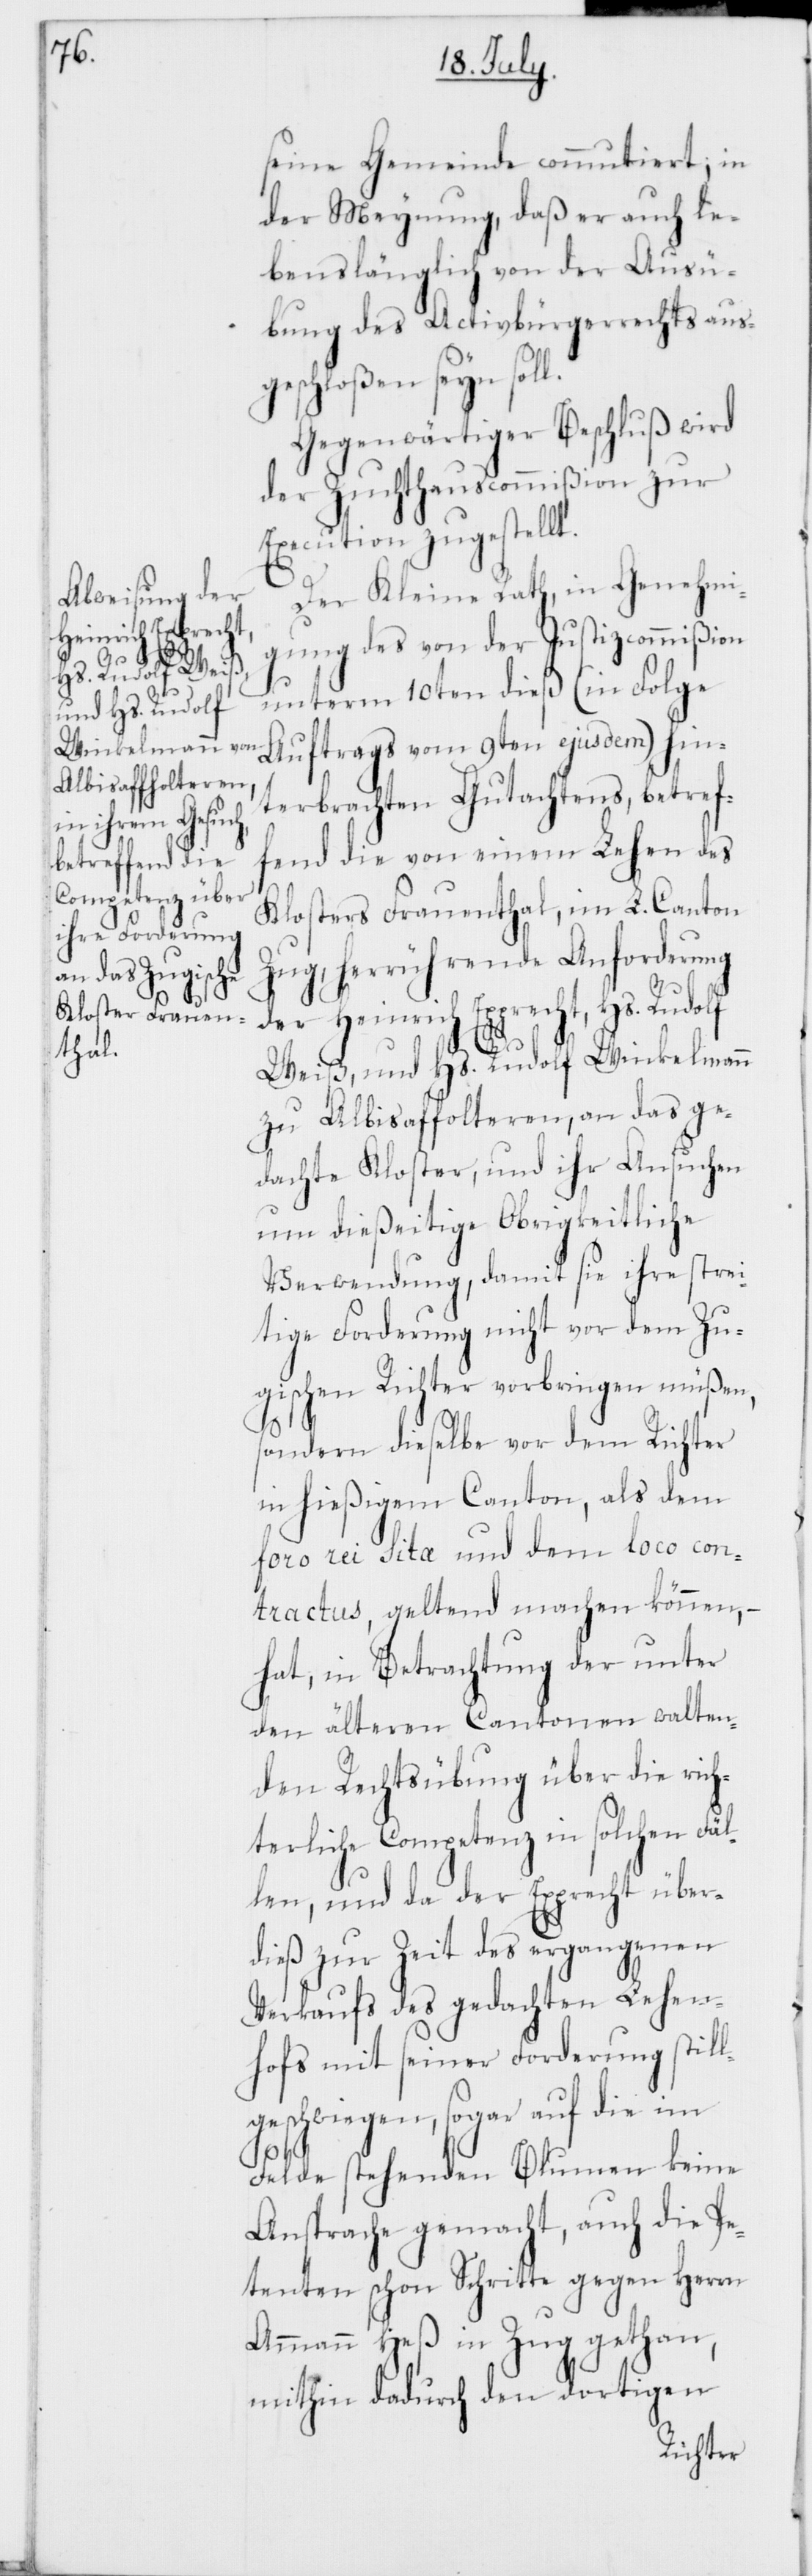
seine Gemeinde commutiert, in
der Meynung, daß er auch le¬
benslänglich von der Ausü¬
bung des Activbürgerrechts ausg¬
eschloßen seyn soll.
Gegenwärtiger Beschluß wird
der Zuchthauscommißion zur
Execution zugestellt.
Der Kleine Rath, in Genehmi¬
gung des von der Justizcommißion
unterm 10ten dieß (in Folge
Auftrags vom 9ten ejusdem) hin¬
terbrachten Gutachtens, betref¬
fend die von einem Lehen des
Klosters Frauenthal, im L. Canton
Zug, herrührende Anforderung
der Heinrich Epprecht, Hs. Rudolf
Weiß, und Hs. Rudolf Winkelmann
zu Albisaffolteren, an das ge¬
dachte Kloster, und ihr Ansuchen
um dießeitige Obrigkeitliche
Verwendung, damit sie ihre strei¬
tige Forderung nicht vor dem Zu¬
gischen Richter vorbringen müßen,
sondern dieselbe vor dem Richter
in hießigem Canton, als dem
foro rei Sita und dem loco con¬
tractus, geltend machen können, –
hat, in Betrachtung der unter
den älteren Cantonen walten¬
den Rechtsübung über die rich¬
terliche Competenz in solchen Fäl¬
len, und da der Epprecht über¬
dies zur Zeit des vergangenen
Verkaufs des gedachten Lehen¬
hofs mit seiner Forderung still¬
geschwiegen, sogar auf die im
Felde stehenden Blumen keine
Ansprache gemacht, auch die Pe¬
tenten schon Schritte gegen Herrn
Ammann Heß in Zug gethan,
mithin dadurch den dortigen